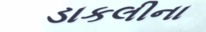
ડાકલીના